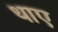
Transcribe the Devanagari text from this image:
थाए